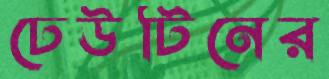
ঢেউটিনের